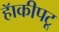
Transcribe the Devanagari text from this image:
हॅाकीपटू